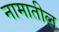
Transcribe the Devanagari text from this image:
नामातील